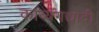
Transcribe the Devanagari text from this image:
काव्यगद्यादी